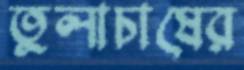
তুলাচাষের